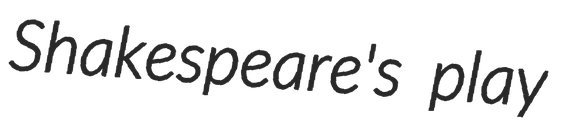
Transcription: Shakespeare's play